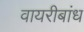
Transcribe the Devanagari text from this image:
वायरीबांध